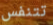
تتنفس